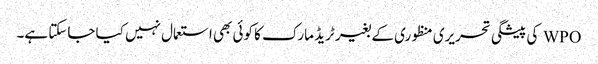
WPO کی پیشگی تحریری منظوری کے بغیر ٹریڈ مارک کا کوئی بھی استعمال نہیں کیا جاسکتا ہے۔